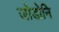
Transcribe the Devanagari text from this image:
जोडोनि